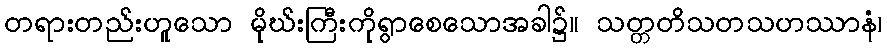
တရားတည်းဟူသော မိုဃ်းကြီးကိုရွာစေသောအခါ၌။ သတ္တတိသတသဟဿာနံ၊